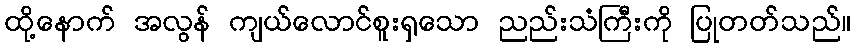
ထို့နောက် အလွန် ကျယ်လောင်စူးရှသော ညည်းသံကြီးကို ပြုတတ်သည်။